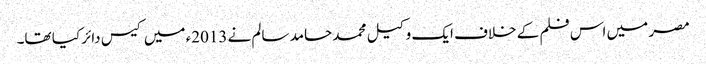
مصر میں اس فلم کے خلاف ایک وکیل محمد حامد سالم نے 2013ء میں کیس دائر کیا تھا۔